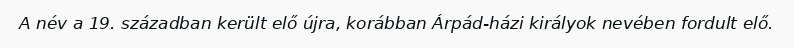
A név a 19. században került elő újra, korábban Árpád-házi királyok nevében fordult elő.